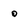
Character: 0